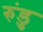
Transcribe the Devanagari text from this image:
रुंडु